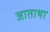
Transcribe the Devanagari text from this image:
जाताथा